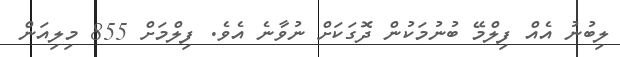
ލިބުނު އެއް ފިލްމޭ ބުނުމަކުން ދޮގަކަށް ނުވާނެ އެވެ. ފިލްމަށް 855 މިލިއަން